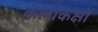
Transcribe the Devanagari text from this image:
कलाकक्षों